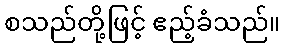
စသည်တို့ဖြင့် ဧည့်ခံသည်။